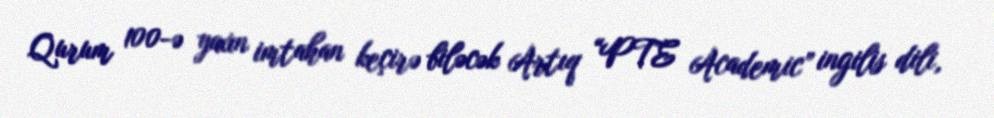
Qurum 100-ə yaxın imtahan keçirə biləcək Artıq “PTE Academic” ingilis dili,